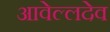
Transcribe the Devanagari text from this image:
आवेल्लदेव